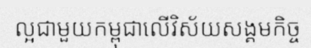
ល្អជាមួយកម្ពុជាលើវិស័យសង្គមកិច្ច